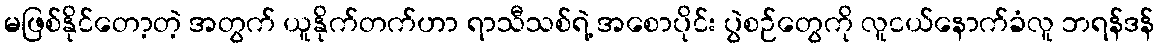
မဖြစ်နိုင်တော့တဲ့ အတွက် ယူနိုက်တက်ဟာ ရာသီသစ်ရဲ့ အစောပိုင်း ပွဲစဉ်တွေကို လူငယ်နောက်ခံလူ ဘရန်ဒန်